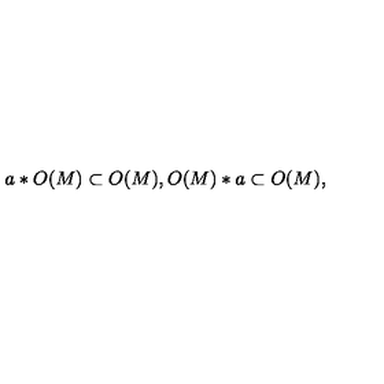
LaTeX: a * O ( M ) \subset O ( M ) , O ( M ) * a \subset O ( M ) ,